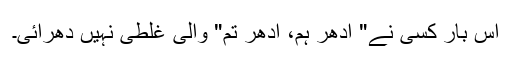
اس بار کسی نے" اِدھر ہم، اُدھر تم" والی غلطی نہیں دھرائی۔